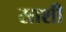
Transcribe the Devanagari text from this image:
साशी